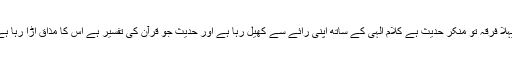
مگر ان کے تحت جو ہو رہا ہے وہ دشمنی اسلام ہے پہلا فرقہ تو منکر حدیث ہے کلامِ الہی کے ساتھ اپنی رائے سے کھیل رہا ہے اور حدیث جو قرآن کی تفسیر ہے اس کا مذاق اڑا رہا ہے اور دوسرے نے مرزائی چال اختیار کر رکھی ہے۔